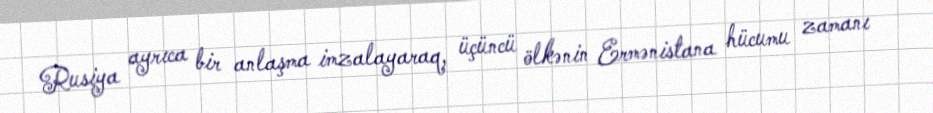
Rusiya ayrıca bir anlaşma imzalayaraq, üçüncü ölkənin Ermənistana hücumu zamanı